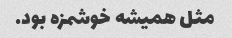
مثل همیشه خوشمزه بود.